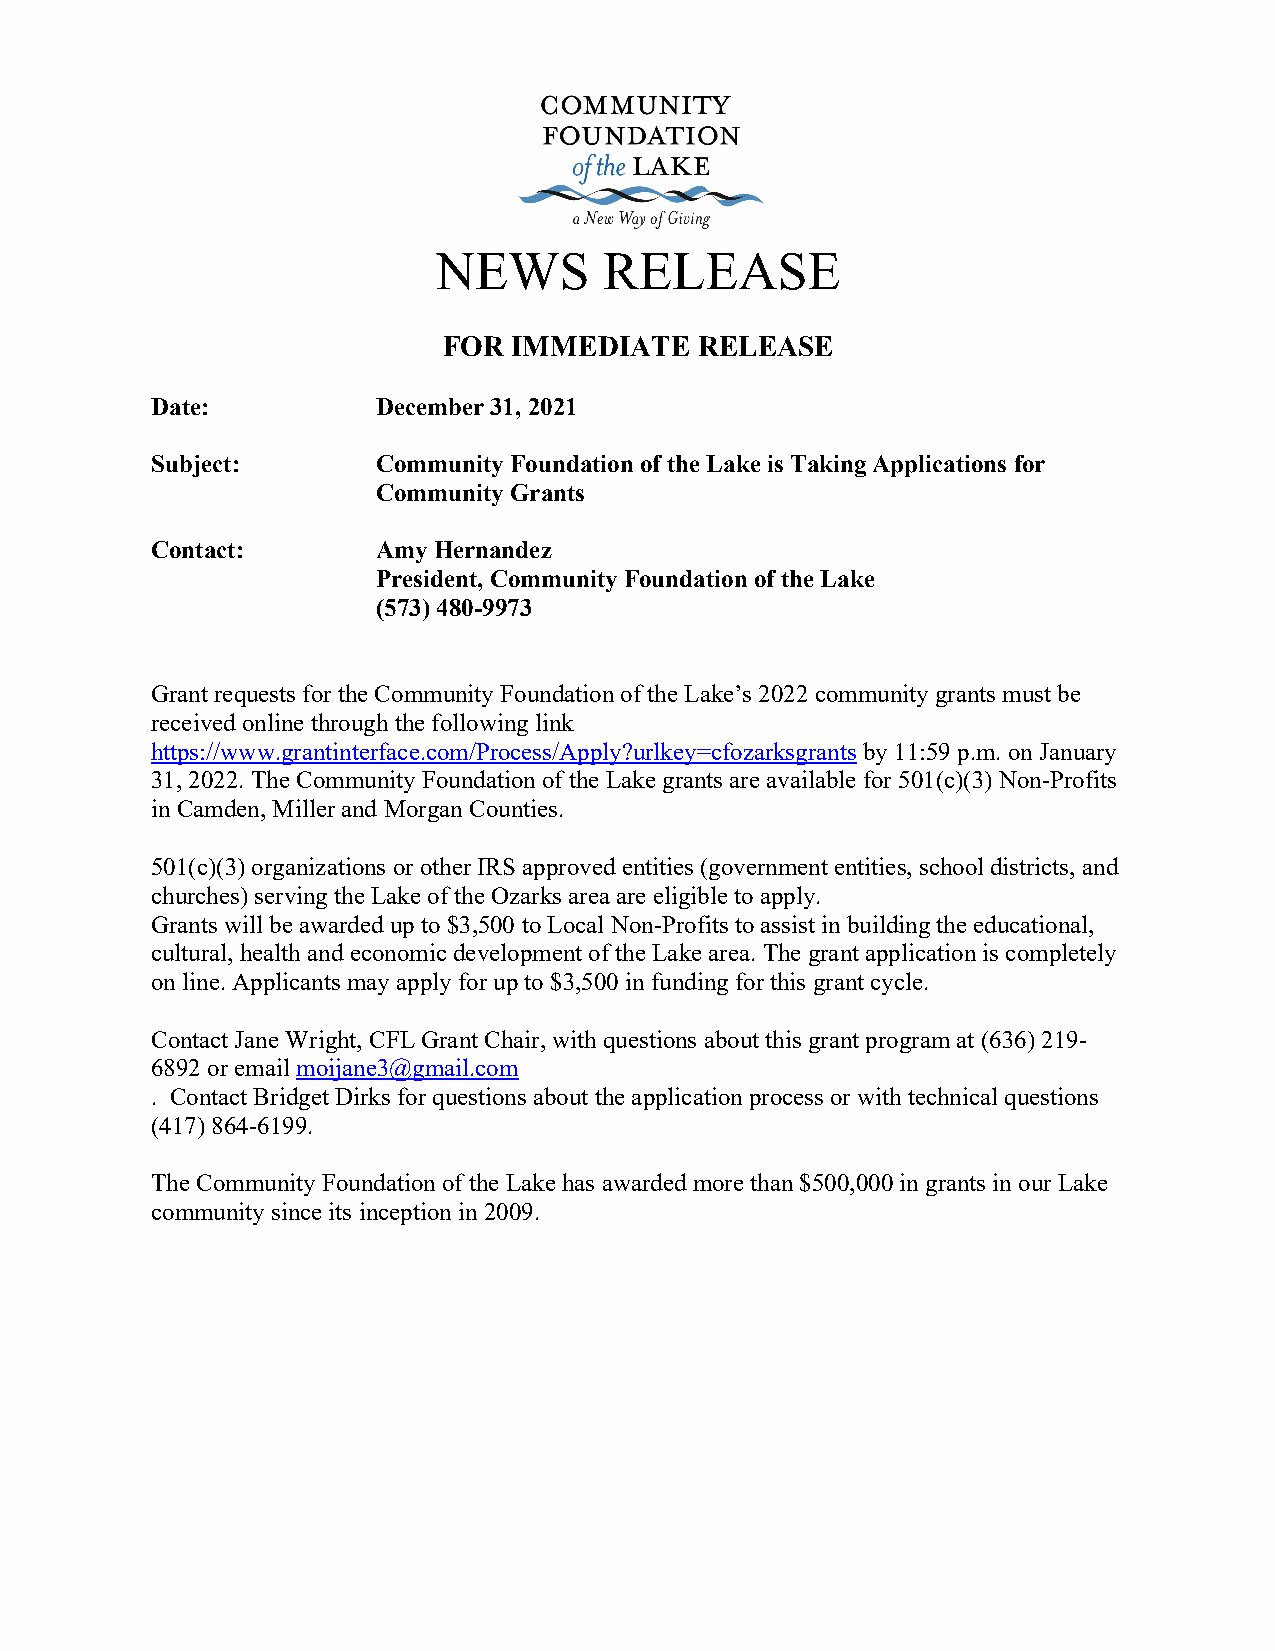
NEWS       RELEASE
 FOR  IMMEDIATE   RELEASE
 Date:          December 31, 2021
 Subject:       Community Foundation of the Lake is Taking Applications for
 Community Grants
 Contact:       Amy Hernandez
 President, Community Foundation of the Lake
 (573) 480-9973
 Grant requests for the Community Foundation of the Lake’s 2022 community grants must be
 received online through the following link
 https://www.grantinterface.com/Process/Apply?urlkey=cfozarksgrants by 11:59 p.m. on January
 31, 2022. The Community Foundation of the Lake grants are available for 501(c)(3) Non-Profits
 in Camden, Miller and Morgan Counties.
 501(c)(3) organizations or other IRS approved entities (government entities, school districts, and
 churches) serving the Lake of the Ozarks area are eligible to apply.
 Grants will be awarded up to $3,500 to Local Non-Profits to assist in building the educational,
 cultural, health and economic development of the Lake area. The grant application is completely
 on line. Applicants may apply for up to $3,500 in funding for this grant cycle.
 Contact Jane Wright, CFL Grant Chair, with questions about this grant program at (636) 219-
 6892 or email moijane3@gmail.com
 . Contact Bridget Dirks for questions about the application process or with technical questions
 (417) 864-6199.
 The Community Foundation of the Lake has awarded more than $500,000 in grants in our Lake
 community since its inception in 2009.